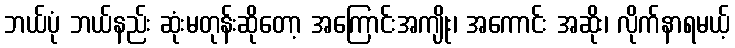
ဘယ်ပုံ ဘယ်နည်း ဆုံးမတုန်းဆိုတော့ အကြောင်းအကျိုး၊ အကောင်း အဆိုး၊ လိုက်နာရမယ့်